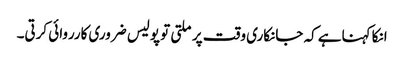
انکا کہناہے کہ جانکاری وقت پر ملتی تو پولیس ضروری کارروائی کرتی۔